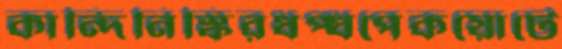
কান্দিনিস্কিরধপ্‌ধপেকয়োটে